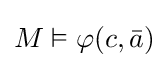
M\vDash \varphi (c,{\bar {a}})